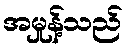
အမှုန့်သည်